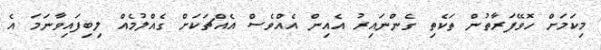
މިކަމަށް ހޮވޭފަރާތުން ތަކެތި ގެންނައިރު އެއިން އެއްވެސް އެއްޗަކަށް ގެއްލުމެއް ލިބިފައިވާނަމަ އެ